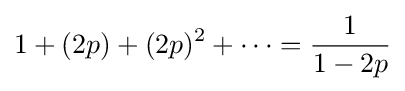
\displaystyle 1+(2p)+(2p)^{2}+\cdots ={\frac {1}{1-2p}}